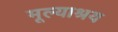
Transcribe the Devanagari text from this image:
मूल्याश्रय